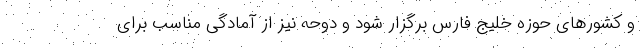
و کشورهای حوزه خلیج فارس برگزار شود و دوحه نیز از آمادگی مناسب برای